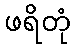
ဖရိတုံ